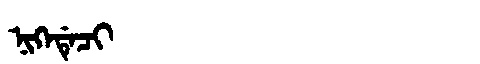
Manchu: ᠨᡳᡴᡝᡩᡝᠴᡳ
Romanization: NIKEDECI